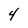
Character: 4